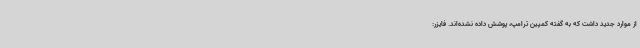
از موارد جدید داشت که به گفته کمپین ترامپ، پوشش داده نشده‌اند. فایزر: